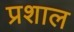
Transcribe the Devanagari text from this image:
प्रशाल